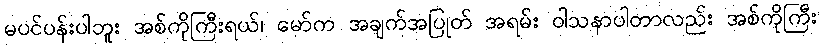
မပင်ပန်းပါဘူး အစ်ကိုကြီးရယ်၊ မော်က အချက်အပြုတ် အရမ်း ဝါသနာပါတာလည်း အစ်ကိုကြီး